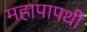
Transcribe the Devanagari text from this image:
महापापथी